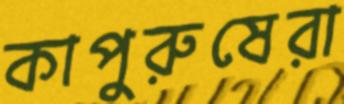
কাপুরুষেরা